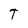
Character: T